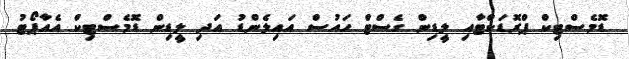
ޑޮމެސްޓިކް ޕްރޮޑަކްޓާއި ލީޑިން ގެސްޓް ހައުސް އައިލެންޑު އަދި ލީޑިން ޑޮމެސްޓިކް އެއާޕޯޓު